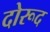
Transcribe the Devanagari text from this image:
दोरूद